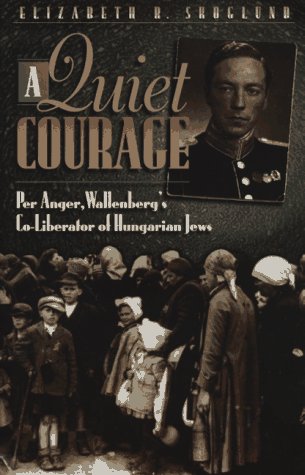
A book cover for A Quiet Courage: Per Anger, Wallenberg's Co-Liberator of Hungarian Jews; Elizabeth R. Skoglund; Biographies & Memoirs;